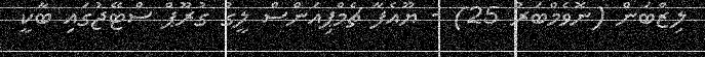
ލިޒްބަން (ނޮވެމްބަރު 25) - ޔޫއެފާ ޗެމްޕިއަންސް ލީގު ގުރޫޕް ސްޓޭޖުގައި ބާކީ